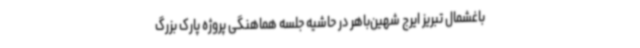
باغشمال تبریز ایرج شهین‌باهر در حاشیه جلسه هماهنگی پروژه پارک بزرگ